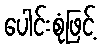
ပေါင်းစုံဖြင့်